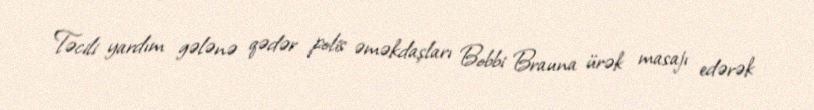
Təcili yardım gələnə qədər polis əməkdaşları Bobbi Brauna ürək masajı edərək